Indian journal of veterinary science and animal husbandry - Volumes 18-21, 1948-1951
Year: 1948
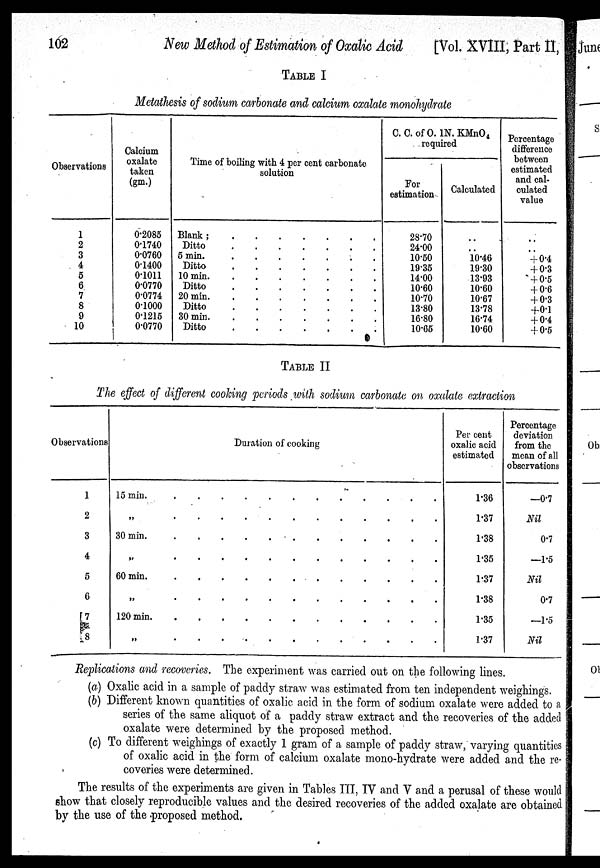
102
New Method of Estimation of Oxalic Acid
[Vol. XVIII, Part II,
TABLE I
Metathesis of sodium carbonate and calcium oxalate monohydrate
Observations
1
2
3
4
5
6
7
8
9
10
Calcium
oxalate
taken
(gm.)
0.2085
0.1740
0.0760
0.1400
0.1011
0.0770
0.0774
0.1000
0.1215
0.0770
Time of boiling with 4 per cent carbonate
solution
Blank
;
.
.
.
.
.
.
.
Ditto
.
.
.
.
.
.
.
5
min.
.
.
.
.
.
.
.
Ditto
.
.
.
.
.
.
.
10 min
.
.
.
.
.
.
.
Ditto
.
.
.
.
.
.
.
20 min
.
.
.
.
.
.
.
Ditto
.
.
.
.
.
.
.
30 min
.
.
.
.
.
.
.
Ditto
.
.
.
.
.
.
.
C. C. of O.1 N. KMnO 4
required
For
estimation
28.70
24.00
10.50
19.35
14.00
10.60
10.70
13.80
16.80
10.65
Calculated
. .
. .
10.46
19.30
13.93
10.60
10.67
13.78
16.74
10.60
Percentage
difference
between
estimated
and cal-
culated
value
. .
. .
+ 0.4
+ 0.3
+ 0.5
+ 0.6
+ 0.3
+ 0.1
+ 0.4
+ 0.5
TABLE II
The effect of different cooking periods with sodium carbonate on oxalate extraction
Observations
1
2
3
4
5
6
7
8
Duration of cooking
15 min. . . . . . . . . . . . .
„ . . . . . . . . . . . .
30 min. . . . . . . . . . . . .
„ . . . . . . . . . . . .
60 min. . . . . . . . . . . . .
„ . . . . . . . . . . . .
120 min. . . . . . . . . . . . .
„ . . . . . . . . . . . .
Per cent
oxalic acid
estimated
1.36
1.37
1.38
1.35
1.37
1.38
1.35
1.37
Percentage
deviation
from the
mean of all
observations
—0.7
Nil
0.7
—1.5
Nil
0.7
—1.5
Nil
Replications and recoveries. The experiment was carried out on the following lines.
(a) Oxalic acid in a sample of paddy straw was estimated from ten independent weighings.
(b) Different known quantities of oxalic acid in the form of sodium oxalate were added to a
series of the same aliquot of a paddy straw extract and the recoveries of the added
oxalate were determined by the proposed method.
(c) To different weighings of exactly 1 gram of a sample of paddy straw, varying quantities
of oxalic acid in the form of calcium oxalate mono-hydrate were added and the re-
coveries were determined.
The results of the experiments are given in Tables III, IV and V and a perusal of these would
show that closely reproducible values and the desired recoveries of the added oxalate are obtained
by the use of the proposed method.